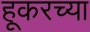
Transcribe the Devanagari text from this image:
हूकरच्या